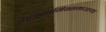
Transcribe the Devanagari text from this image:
डायनामिक्समधल्या